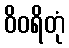
ဝိဝရိတုံ